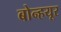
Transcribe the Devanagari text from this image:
बोन्हयूर